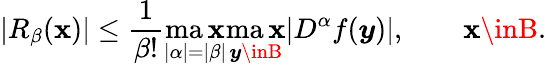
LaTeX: \left|R_{\beta}({\boldsymbol{\mathbf{x}}})\right|\leq{\frac{{1}}{{\beta!}}}\operatorname*{ma\mathbf{x}}_{|\alpha|=|\beta|}\operatorname*{ma\mathbf{x}}_{{\boldsymbol{y}}\inB}|D^{\alpha}f({\boldsymbol{y}})|,\qquad{\boldsymbol{\mathbf{x}}}\inB.